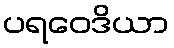
ပရဝေဒိယာ